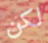
لكن